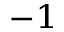
^ { - 1 }